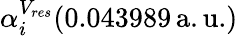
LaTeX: \alpha_{i}^{V_{res}}(0.043989\, \mathrm{a.u.})